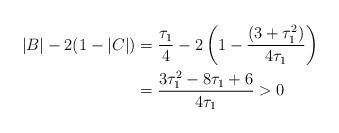
LaTeX: \begin{align*}|B|-2(1-|C|)&=\frac{\tau_{1}}{4} -2\left(1-\frac{(3+\tau^2_{1})} {4\tau_{1}}\right)\\&=\frac{3\tau^2_{1} -8\tau_{1} +6}{4\tau_{1}}> 0\end{align*}